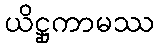
ယိဋ္ဌုကာမဿ